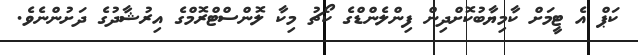
ކަޕް އެ ޓީމަށް ކާމިޔާބުކޮށްދިން ފިންލެންޑްގެ ކޯޗު މިކާ ލޮންސްޓްރޮމްގެ އިރުޝާދުގެ ދަށުންނެވެ.